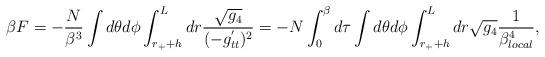
LaTeX: \begin{align*}\beta F = - \frac{N}{\beta^3 } \int d \theta d \phi \int_{r_+ + h}^L dr \frac{\sqrt{g_4}}{ ( - g^{'}_{tt } )^2 } = - N \int_0^\beta d \tau \int d \theta d \phi \int_{r_+ + h}^L dr \sqrt{g_4} \frac{1}{ \beta_{local}^4}, \end{align*}